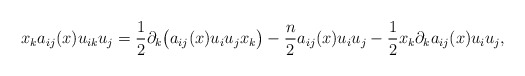
\begin{align*}x_{k}a_{ij}(x)u_{ik} u_{j} = \frac{1}{2} \partial_k \big(a_{ij}(x)u_i u_j x_{k}\big) - \frac{n}{2} a_{ij}(x) u_i u_j - \frac{1}{2} x_{k}\partial_k a_{ij}(x) u_i u_j,\end{align*}